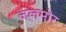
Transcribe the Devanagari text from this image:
जलमोर